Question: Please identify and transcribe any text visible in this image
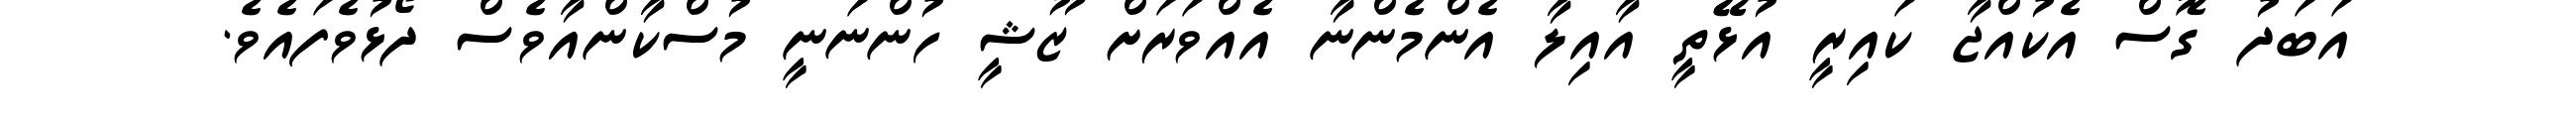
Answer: އަބަދު ގޮސް އެކުއްޖާ ކައިރީ އުޅޭތީ އާއިލާ އެންމެންނާ އެއްވަރަށް ޒޫޝީ ހުންނަނީ މުސްކާންއާވެސް ދޯޅުވެފައެވެ.